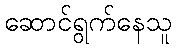
ဆောင်ရွက်နေသူ